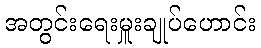
အတွင်းရေးမှူးချုပ်ဟောင်း